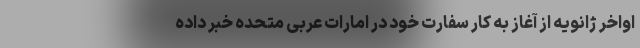
اواخر ژانویه از آغاز به کار سفارت خود در امارات عربی متحده خبر داده